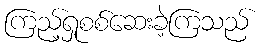
ကြည့်ရှုစစ်ဆေးခဲ့ကြသည်